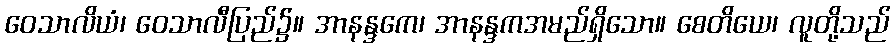
ဝေသာလိယံ၊ ဝေသာလီပြည်၌။ အာနန္ဒကေ၊ အာနန္ဒကအမည်ရှိသော။ စေတိယေ၊ လူတို့သည်